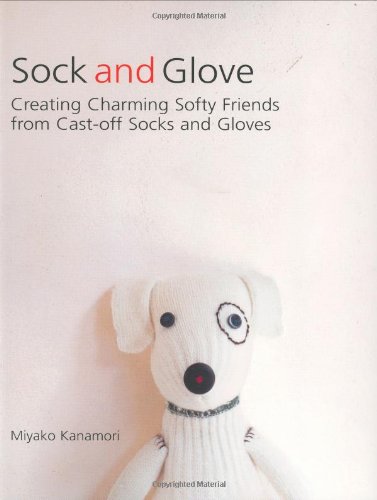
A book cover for Sock and Glove: Creating Charming Softy Friends from Cast-Off Socks and Gloves; Miyako Kanamori; Crafts, Hobbies & Home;